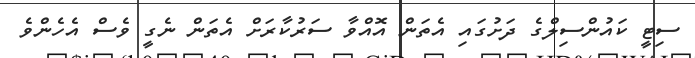
ސިޓީ ކައުންސިލްގެ ދަށުގައި އެތަން އޮއްވާ ސަރުކާރަށް އެތަން ނެގީ ވެސް އެހެންވެ